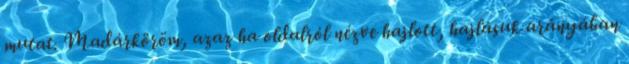
mutat. Madárköröm, azaz ha oldalról nézve hajlott, hajlásuk arányában